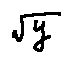
\sqrt { y }